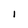
Character: l